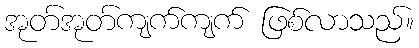
အုတ်အုတ်ကျက်ကျက် ဖြစ်လာသည်။